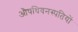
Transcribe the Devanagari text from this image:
औषधिवनस्पतियों